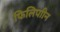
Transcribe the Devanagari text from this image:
फिलिपाीन